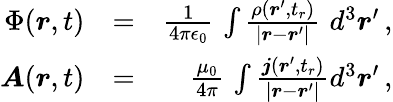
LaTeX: \begin{array}{rlr}{\Phi(\boldsymbol{r},t)}&{=}&{\frac{1}{4\pi\epsilon_{0}}\, \int\frac{\rho(\boldsymbol{r}^{\prime},t_{r})}{|\boldsymbol{r}-\boldsymbol{r}^{\prime}|}\, \, d^{3}\boldsymbol{r}^{\prime}\, ,}\\ {\boldsymbol{A}(\boldsymbol{r},t)}&{=}&{\frac{\mu_{0}}{4\pi}\, \int\frac{\boldsymbol{j}(\boldsymbol{r}^{\prime},t_{r})}{|\boldsymbol{r}-\boldsymbol{r}^{\prime}|}d^{3}\boldsymbol{r}^{\prime}\, ,}\end{array}